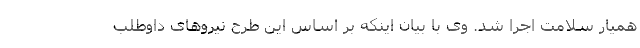
همیار سلامت اجرا شد. وی با بیان اینکه بر اساس این طرح نیروهای داوطلب